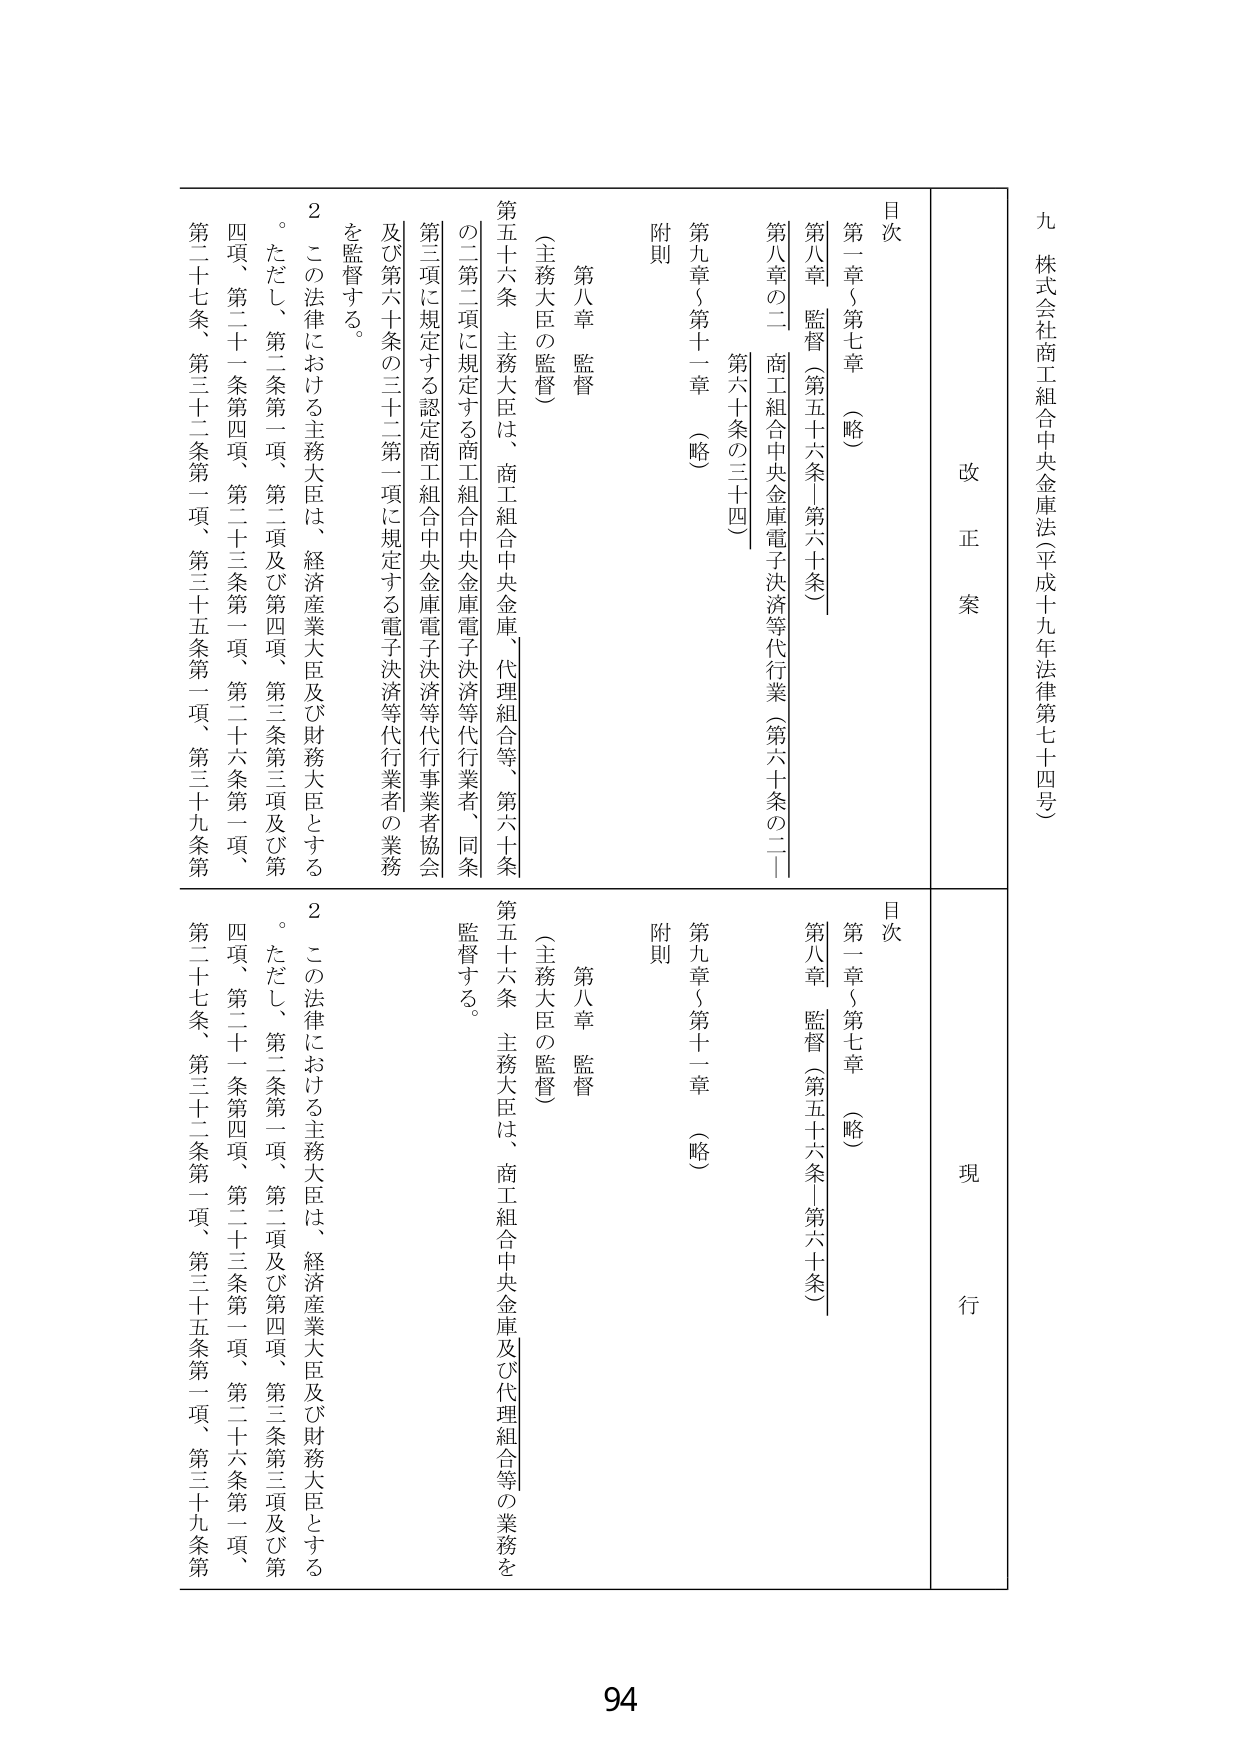
九 株式会社商工組合中央金庫法（平成十九年法律第七十四号）

改正案

目次
第一章～第七章 （略）
第八章 監督（第五十六条～第六十条）
第八章の二 商工組合中央金庫電子決済等代行業（第六十条の二～第六十条の三十四）
第九章～第十一章 （略）
附則

第八章 監督
（主務大臣の監督）
第五十六条 主務大臣は、商工組合中央金庫、代理組合等、第六十条の二第二項に規定する商工組合中央金庫電子決済等代行業者、同条第三項に規定する認定商工組合中央金庫電子決済等代行事業者協会及び第六十条の三十二第一項に規定する電子決済等代行業者の業務を監督する。
２ この法律における主務大臣は、経済産業大臣及び財務大臣とする。
ただし、第二条第一項、第二項及び第四項、第三条第三項及び第四項、第二十一条第四項、第二十三条第一項、第二十六条第一項、第二十七条、第三十二条第一項、第三十五条第一項、第三十九条第

現行

目次
第一章～第七章 （略）
第八章 監督（第五十六条～第六十条）
第九章～第十一章 （略）
附則

第八章 監督
（主務大臣の監督）
第五十六条 主務大臣は、商工組合中央金庫及び代理組合等の業務を監督する。
２ この法律における主務大臣は、経済産業大臣及び財務大臣とする。
ただし、第二条第一項、第二項及び第四項、第三条第三項及び第四項、第二十一条第四項、第二十三条第一項、第二十六条第一項、第二十七条、第三十二条第一項、第三十五条第一項、第三十九条第

94